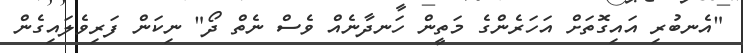
"އެނބުރި އައިގޮތަށް އަހަރެންގެ މަތީން ހަނދާނެއް ވެސް ނެތް ދޯ" ނިކަން ފަރިވެލައިގެން